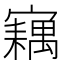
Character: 𡫢